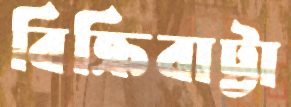
বিক্রিবাট্টা